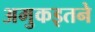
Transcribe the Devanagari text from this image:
अमुकइतने